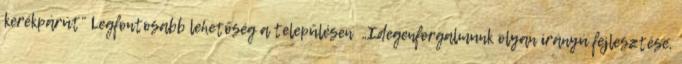
kerékpárút” Legfontosabb lehetőség a településen ▪„Idegenforgalmunk olyan irányú fejlesztése,